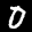
Label: 0